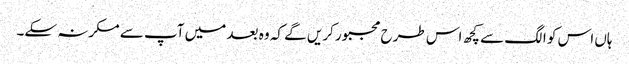
ہاں اس کو الگ سے کچھ اس طرح مجبور کریں گے کہ وہ بعد میں آپ سے مکرنہ سکے۔